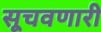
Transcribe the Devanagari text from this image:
सूचवणारी